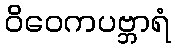
ဝိဝေကပဗ္ဘာရံ